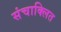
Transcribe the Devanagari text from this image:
संचाक्लित